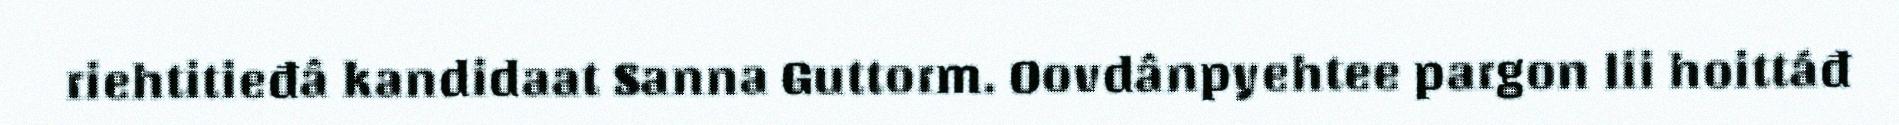
riehtitieđâ kandidaat Sanna Guttorm. Oovdânpyehtee pargon lii hoittáđ